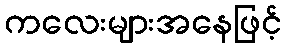
ကလေးများအနေဖြင့်